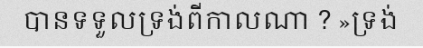
បានទទួលទ្រង់ពីកាលណា ? »ទ្រង់